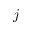
j